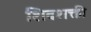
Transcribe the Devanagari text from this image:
शिवशक्ती